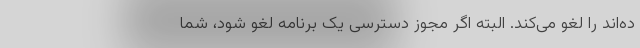
ده‌اند را لغو می‌کند. البته اگر مجوز دسترسی یک برنامه لغو شود، شما